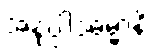
အနုပ္ပါဒဓမ္မာနိ